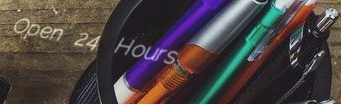
Open 24 Hours